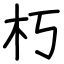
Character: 朽